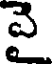
వై